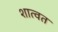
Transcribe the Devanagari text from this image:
शात्वत